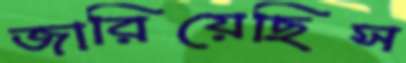
জারিয়েছিস